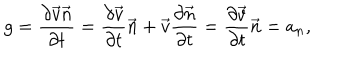
g = \frac { \partial \vec { v } \vec { n } } { \partial t } = \frac { \partial \vec { v } } { \partial t } \vec { n } + \vec { v } \frac { \partial \vec { n } } { \partial t } = \frac { \partial \vec { v } } { \partial t } \vec { n } = a _ { n } ,